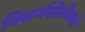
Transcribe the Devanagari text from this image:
निसर्गशेतीमध्ये